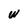
Character: W